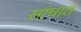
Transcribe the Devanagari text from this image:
सांचात